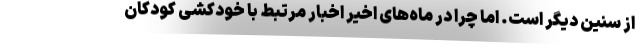
از سنین دیگر است. اما چرا در ماه‌های اخیر اخبار مرتبط با خودکشی کودکان